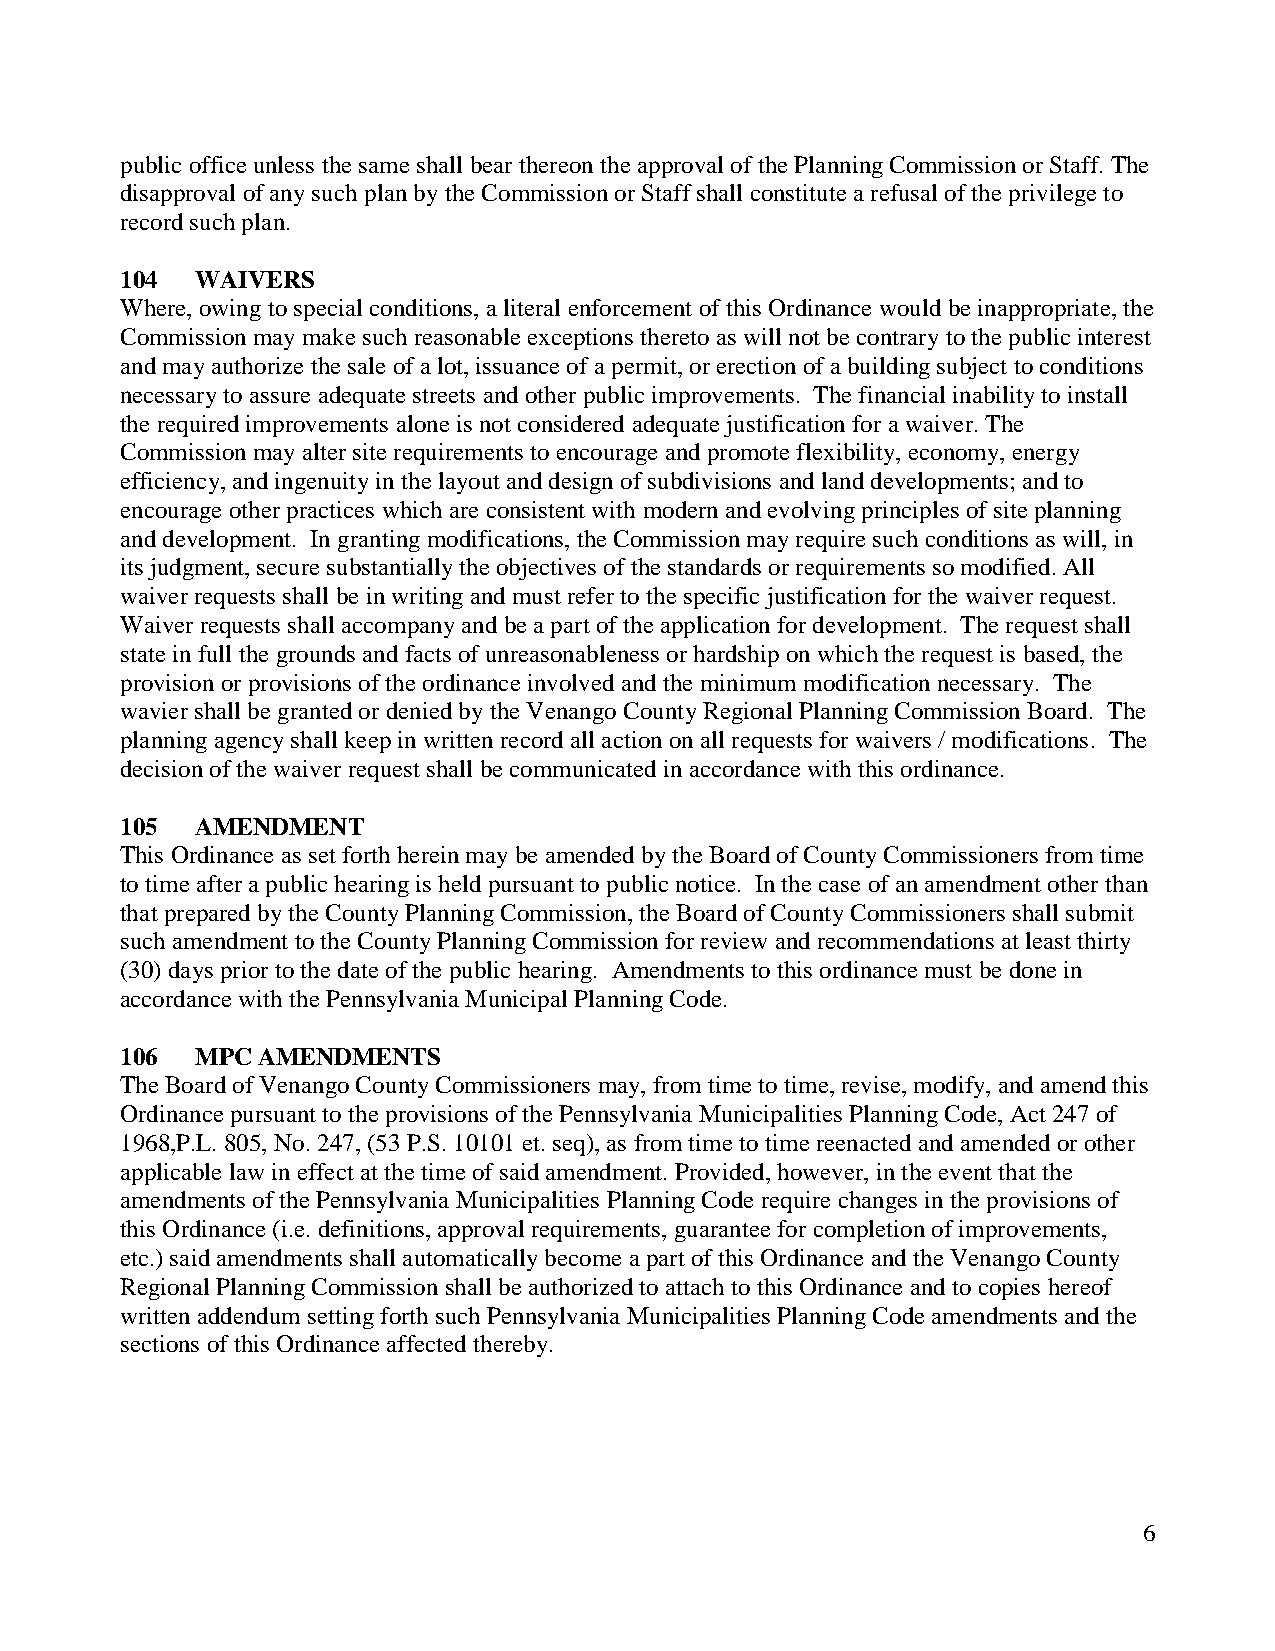
public office unless the same shall bear thereon the approval of the Planning Commission or Staff. The
 disapproval of any such plan by the Commission or Staff shall constitute a refusal of the privilege to
 record such plan.
 104  WAIVERS
 Where, owing to special conditions, a literal enforcement of this Ordinance would be inappropriate, the
 Commission may make such reasonable exceptions thereto as will not be contrary to the public interest
 and may authorize the sale of a lot, issuance of a permit, or erection of a building subject to conditions
 necessary to assure adequate streets and other public improvements. The financial inability to install
 the required improvements alone is not considered adequate justification for a waiver. The
 Commission may alter site requirements to encourage and promote flexibility, economy, energy
 efficiency, and ingenuity in the layout and design of subdivisions and land developments; and to
 encourage other practices which are consistent with modern and evolving principles of site planning
 and development. In granting modifications, the Commission may require such conditions as will, in
 its judgment, secure substantially the objectives of the standards or requirements so modified. All
 waiver requests shall be in writing and must refer to the specific justification for the waiver request.
 Waiver requests shall accompany and be a part of the application for development. The request shall
 state in full the grounds and facts of unreasonableness or hardship on which the request is based, the
 provision or provisions of the ordinance involved and the minimum modification necessary. The
 wavier shall be granted or denied by the Venango County Regional Planning Commission Board. The
 planning agency shall keep in written record all action on all requests for waivers / modifications. The
 decision of the waiver request shall be communicated in accordance with this ordinance.
 105  AMENDMENT
 This Ordinance as set forth herein may be amended by the Board of County Commissioners from time
 to time after a public hearing is held pursuant to public notice. In the case of an amendment other than
 that prepared by the County Planning Commission, the Board of County Commissioners shall submit
 such amendment to the County Planning Commission for review and recommendations at least thirty
 (30) days prior to the date of the public hearing. Amendments to this ordinance must be done in
 accordance with the Pennsylvania Municipal Planning Code.
 106  MPC AMENDMENTS
 The Board of Venango County Commissioners may, from time to time, revise, modify, and amend this
 Ordinance pursuant to the provisions of the Pennsylvania Municipalities Planning Code, Act 247 of
 1968,P.L. 805, No. 247, (53 P.S. 10101 et. seq), as from time to time reenacted and amended or other
 applicable law in effect at the time of said amendment. Provided, however, in the event that the
 amendments of the Pennsylvania Municipalities Planning Code require changes in the provisions of
 this Ordinance (i.e. definitions, approval requirements, guarantee for completion of improvements,
 etc.) said amendments shall automatically become a part of this Ordinance and the Venango County
 Regional Planning Commission shall be authorized to attach to this Ordinance and to copies hereof
 written addendum setting forth such Pennsylvania Municipalities Planning Code amendments and the
 sections of this Ordinance affected thereby.
 6